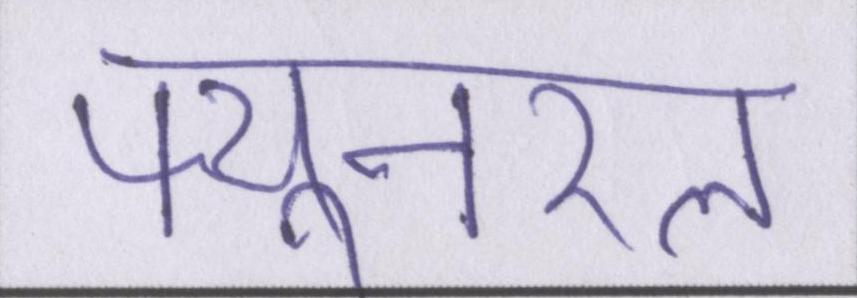
फ्यूनरल